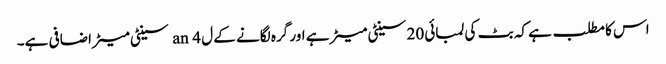
اس کا مطلب ہے کہ بٹ کی لمبائی 20 سینٹی میٹر ہے اور گرہ لگانے کے ل an 4 سینٹی میٹر اضافی ہے۔